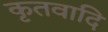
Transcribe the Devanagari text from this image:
कृतवादि